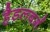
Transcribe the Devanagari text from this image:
हैडलबर्ग